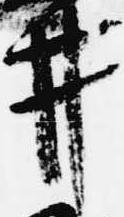
井